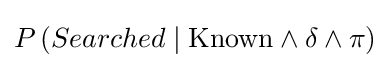
P\left(Searched\mid {\text{Known}}\wedge \delta \wedge \pi \right)